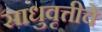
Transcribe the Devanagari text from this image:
साधुवृत्तीचे